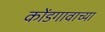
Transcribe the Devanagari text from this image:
कोंडगावाच्या